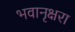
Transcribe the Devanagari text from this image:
भवानृक्षरा